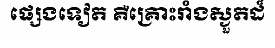
ផ្សេងទៀត គឺគ្រោះរាំងស្ងួតដ៏